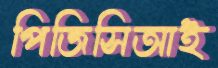
পিজিসিআই